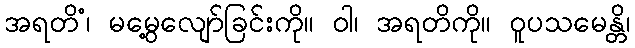
အရတိံ၊ မမွေ့လျော်ခြင်းကို။ ဝါ၊ အရတိကို။ ဝူပသမေန္တိ၊